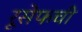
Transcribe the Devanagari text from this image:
रूसेफची